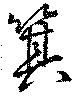
箕